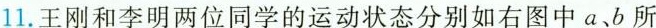
11.王刚和李明两位同学的运动状态分别如右图中a、b所